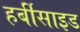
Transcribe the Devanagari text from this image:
हर्बीसाइड